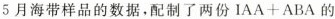
5月海带样品的数据，配制了两份$$IAA+ABA$$的